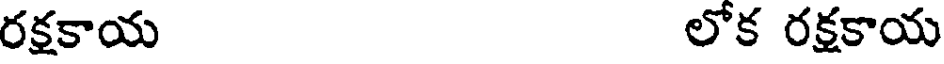
రక్షకాయ లోక రక్షకాయ